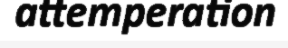
attemperation